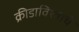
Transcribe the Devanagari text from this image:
क्रीडाविश्वाचे